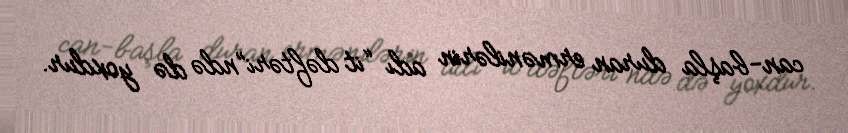
can-başla duran ermənilərin adı “it dəftəri”ndə də yoxdur.